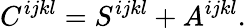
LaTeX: C^{ijkl}=S^{ijkl}+A^{ijkl}.